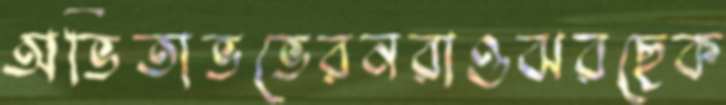
অভিতাভভেরনরাওঝরছেক